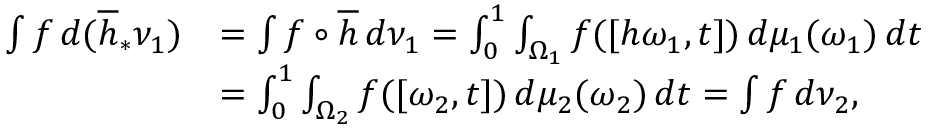
\begin{array} { r l } { \int f \, d ( \overline { { h } } _ { * } \nu _ { 1 } ) } & { = \int f \circ \overline { { h } } \, d \nu _ { 1 } = \int _ { 0 } ^ { 1 } \int _ { \Omega _ { 1 } } f ( [ h \omega _ { 1 } , t ] ) \, d \mu _ { 1 } ( \omega _ { 1 } ) \, d t } \\ & { = \int _ { 0 } ^ { 1 } \int _ { \Omega _ { 2 } } f ( [ \omega _ { 2 } , t ] ) \, d \mu _ { 2 } ( \omega _ { 2 } ) \, d t = \int f \, d \nu _ { 2 } , } \end{array}